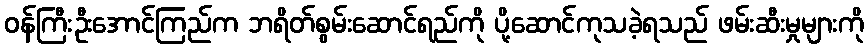
ဝန်ကြီးဦးအောင်ကြည်က ဘရိတ်စွမ်းဆောင်ရည်ကို ပို့ဆောင်ကုသခဲ့ရသည် ဖမ်းဆီးမှုများကို